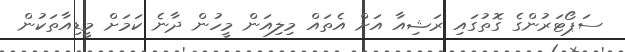
ސަޕޯޓަރުންގެ ގޮތުގައި ރަޝިއާ އަށް އެތައް މިލިއަން މީހުން ދާނެ ކަމަށް މީޑިއާތަކުން